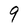
Character: 9